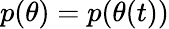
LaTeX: p(\theta)=p(\theta(t))